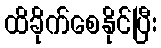
ထိခိုက်စေနိုင်ပြီး